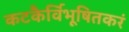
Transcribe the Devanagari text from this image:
कटकैर्विभूषितकरं